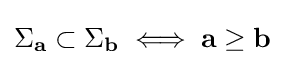
\Sigma _{\mathbf {a} }\subset \Sigma _{\mathbf {b} }\iff \mathbf {a} \geq \mathbf {b}